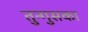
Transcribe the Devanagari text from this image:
तुन्गुसका